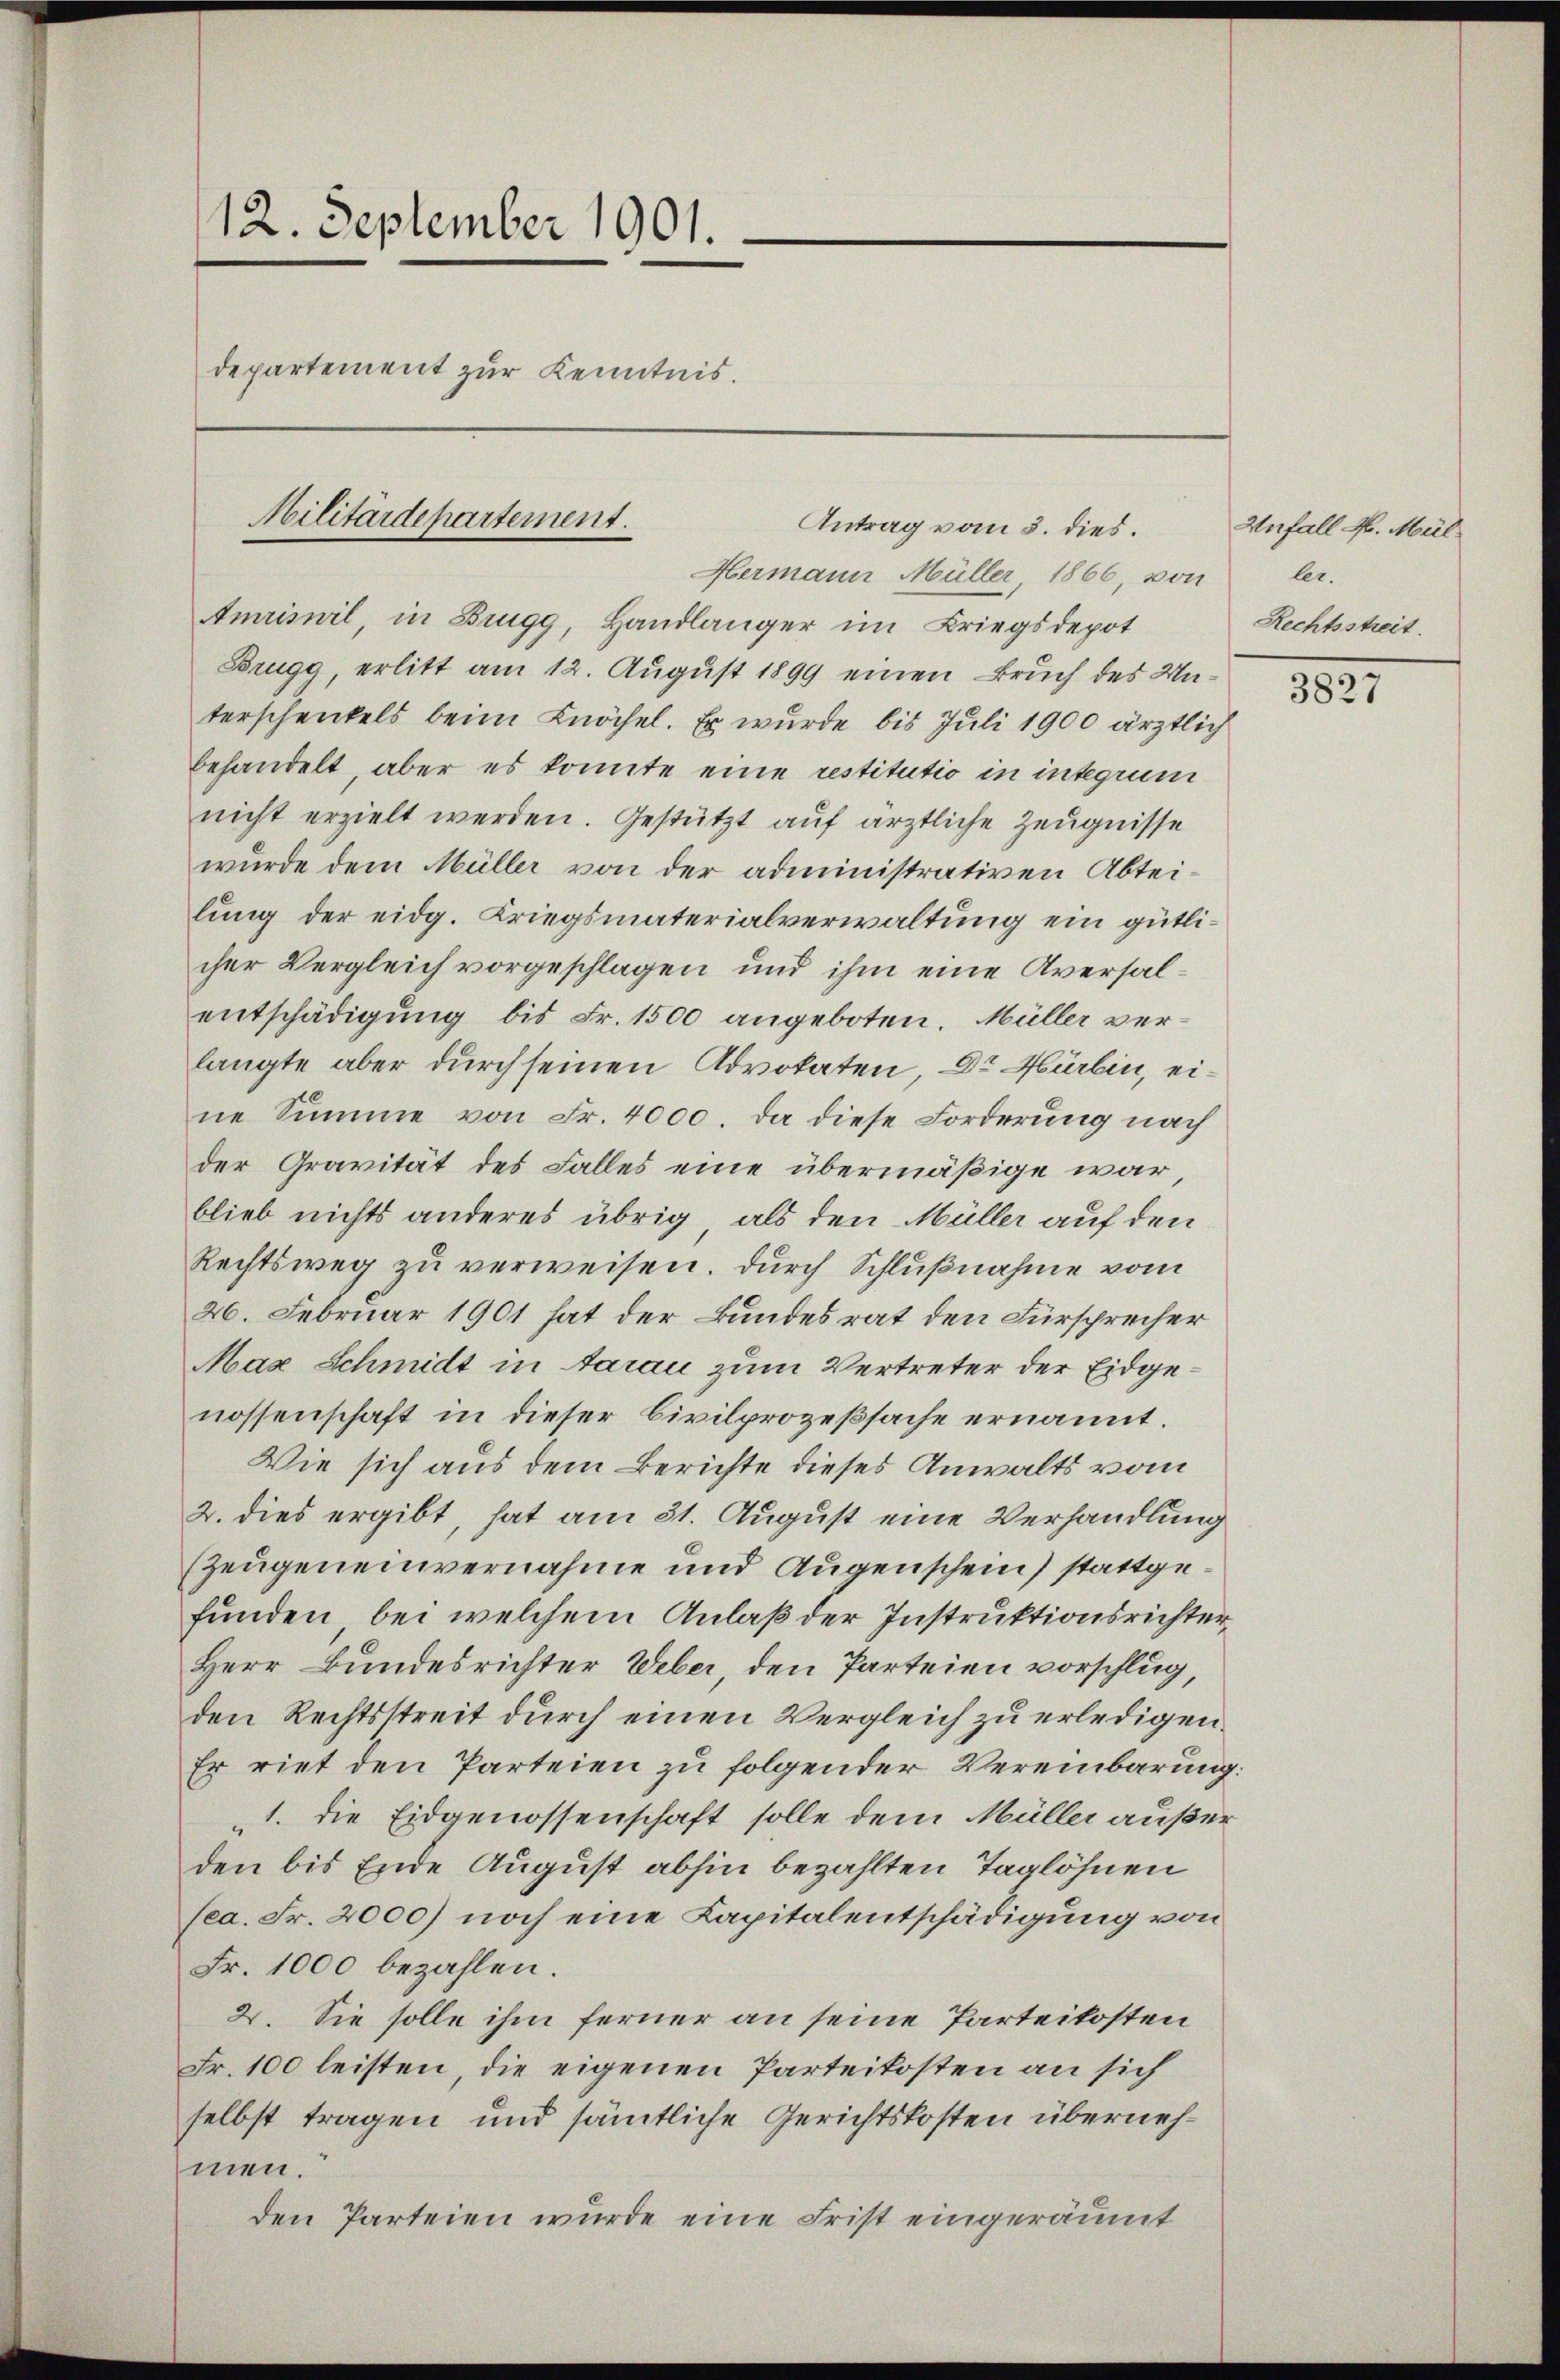
12. September 1901.
departement zur Kenntnis.
Militärdepartement.

Hermann Müller 1866, von
Amriswil, in Brugg, Handlänger im Briegsdepot
Brugg, erlitt am 12. August 1899 einen Bruch des Unterschenkels beim Knöchel. Er wurde bis Juli 1900 ärztlich
behandelt, aber es konnte eine restitutio in integrum
nicht erzielt werden. Gestützt auf ärztliche Zeugnisse
wurde dem Müller von der administrativen Abteilung der eidg. Kriegsmaterialverwaltung ein gütlicher Vergleich vorgeschlagen und ihm eine Aversalentschädigung bis Fr. 1500 angeboten. Müller verlangte aber durch seinen Advokaten, Dr. Hürbin, eine Summe von Fr. 4000. Da diese Forderung nach
der Gravität des Falles eine übermäßige war,
blieb nichts anderes übrig, als den Müller auf den
Rechtsweg zu verweisen. Durch Schlußnahme vom
26. Februar 1901 hat der Bundesrat den Fürschrecher
Max Schmidt in darau zum Vertreter der Eidgenossenschaft in dieser Civilprozeßsache ernannt.
Wie sich aus dem Berichte dieses Anwalts vom
2. dies ergibt, hat am 31. August eine Verhandlung
Zeugeneinvernahme und Augenschein) stattgefunden, bei welchem Anlaß der Instruktionsrichter,
Herr Bundesrichter Ueber, den Parteien vorschlug,
den Rechtsstreit durch einen Vergleich zu erledigen.
Er riet den Parteien zu folgender Vereinbarung:
1. die Eidgenossenschaft solle dem Müller außer
den bis Ende August abhin bezahlten Taglöhnen
sea. Fr. 2000) noch eine Kapitalentschädigung von
Fr. 1000 bezahlen.
2. Sie solle ihm ferner an seine Parteikosten
Fr. 100 leisten, die eigenen Parteikosten an sich
selbst tragen und sämtliche Gerichtskosten übernehmen.
den Parteien wurde eine Frist eingeräumt

Antrag vom 3. dies.

Unfall M. Mül
ler.
Rechtsstreit.

3827